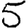
Digit: 5